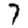
Digit: 7